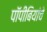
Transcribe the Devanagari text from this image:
पॉपीबियांचे